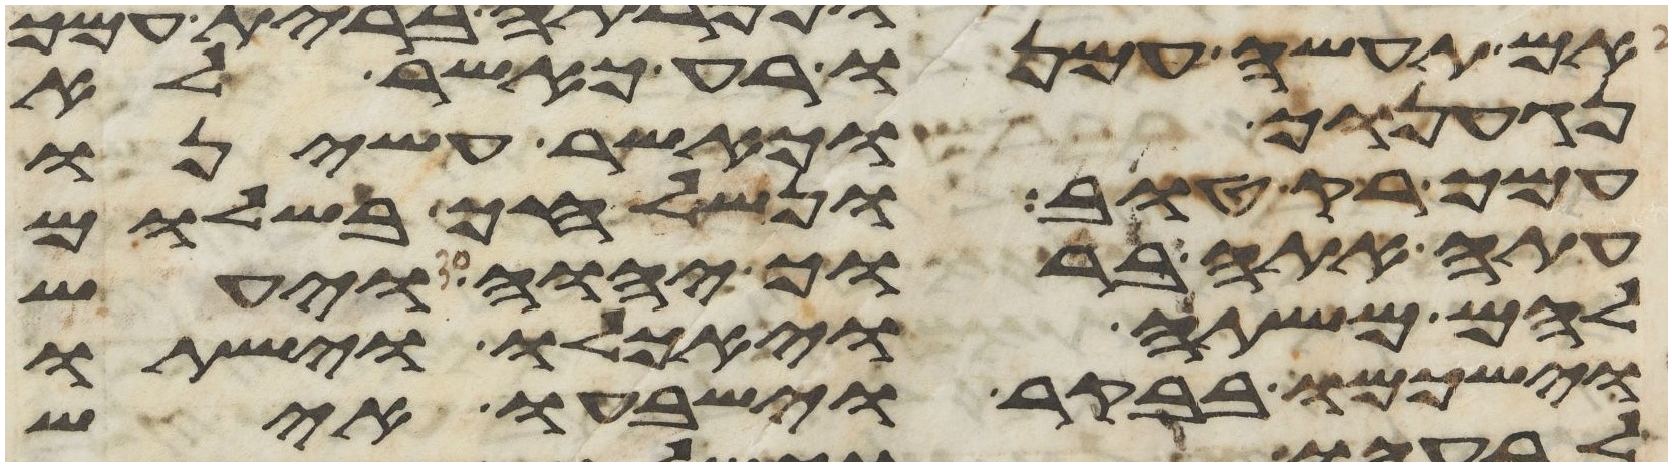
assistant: אם תעשה עמנו רע כאשר לא
נגענוך וכאשר עשינו
עמך רק טוב ונשלחך בשלום
עתה אתה ברוך יהוה ויעש
להם משתה ויאכלו וישתו
וישכמו בבקר וישבעו איש